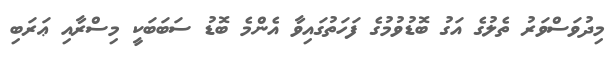
މިދުވަސްވަރު ތެލުގެ އަގު ބޮޑުވުމުގެ ފަހަތުގައިވާ އެންމެ ބޮޑު ސަބަބަކީ މިސްރާއި ޢަރަބި